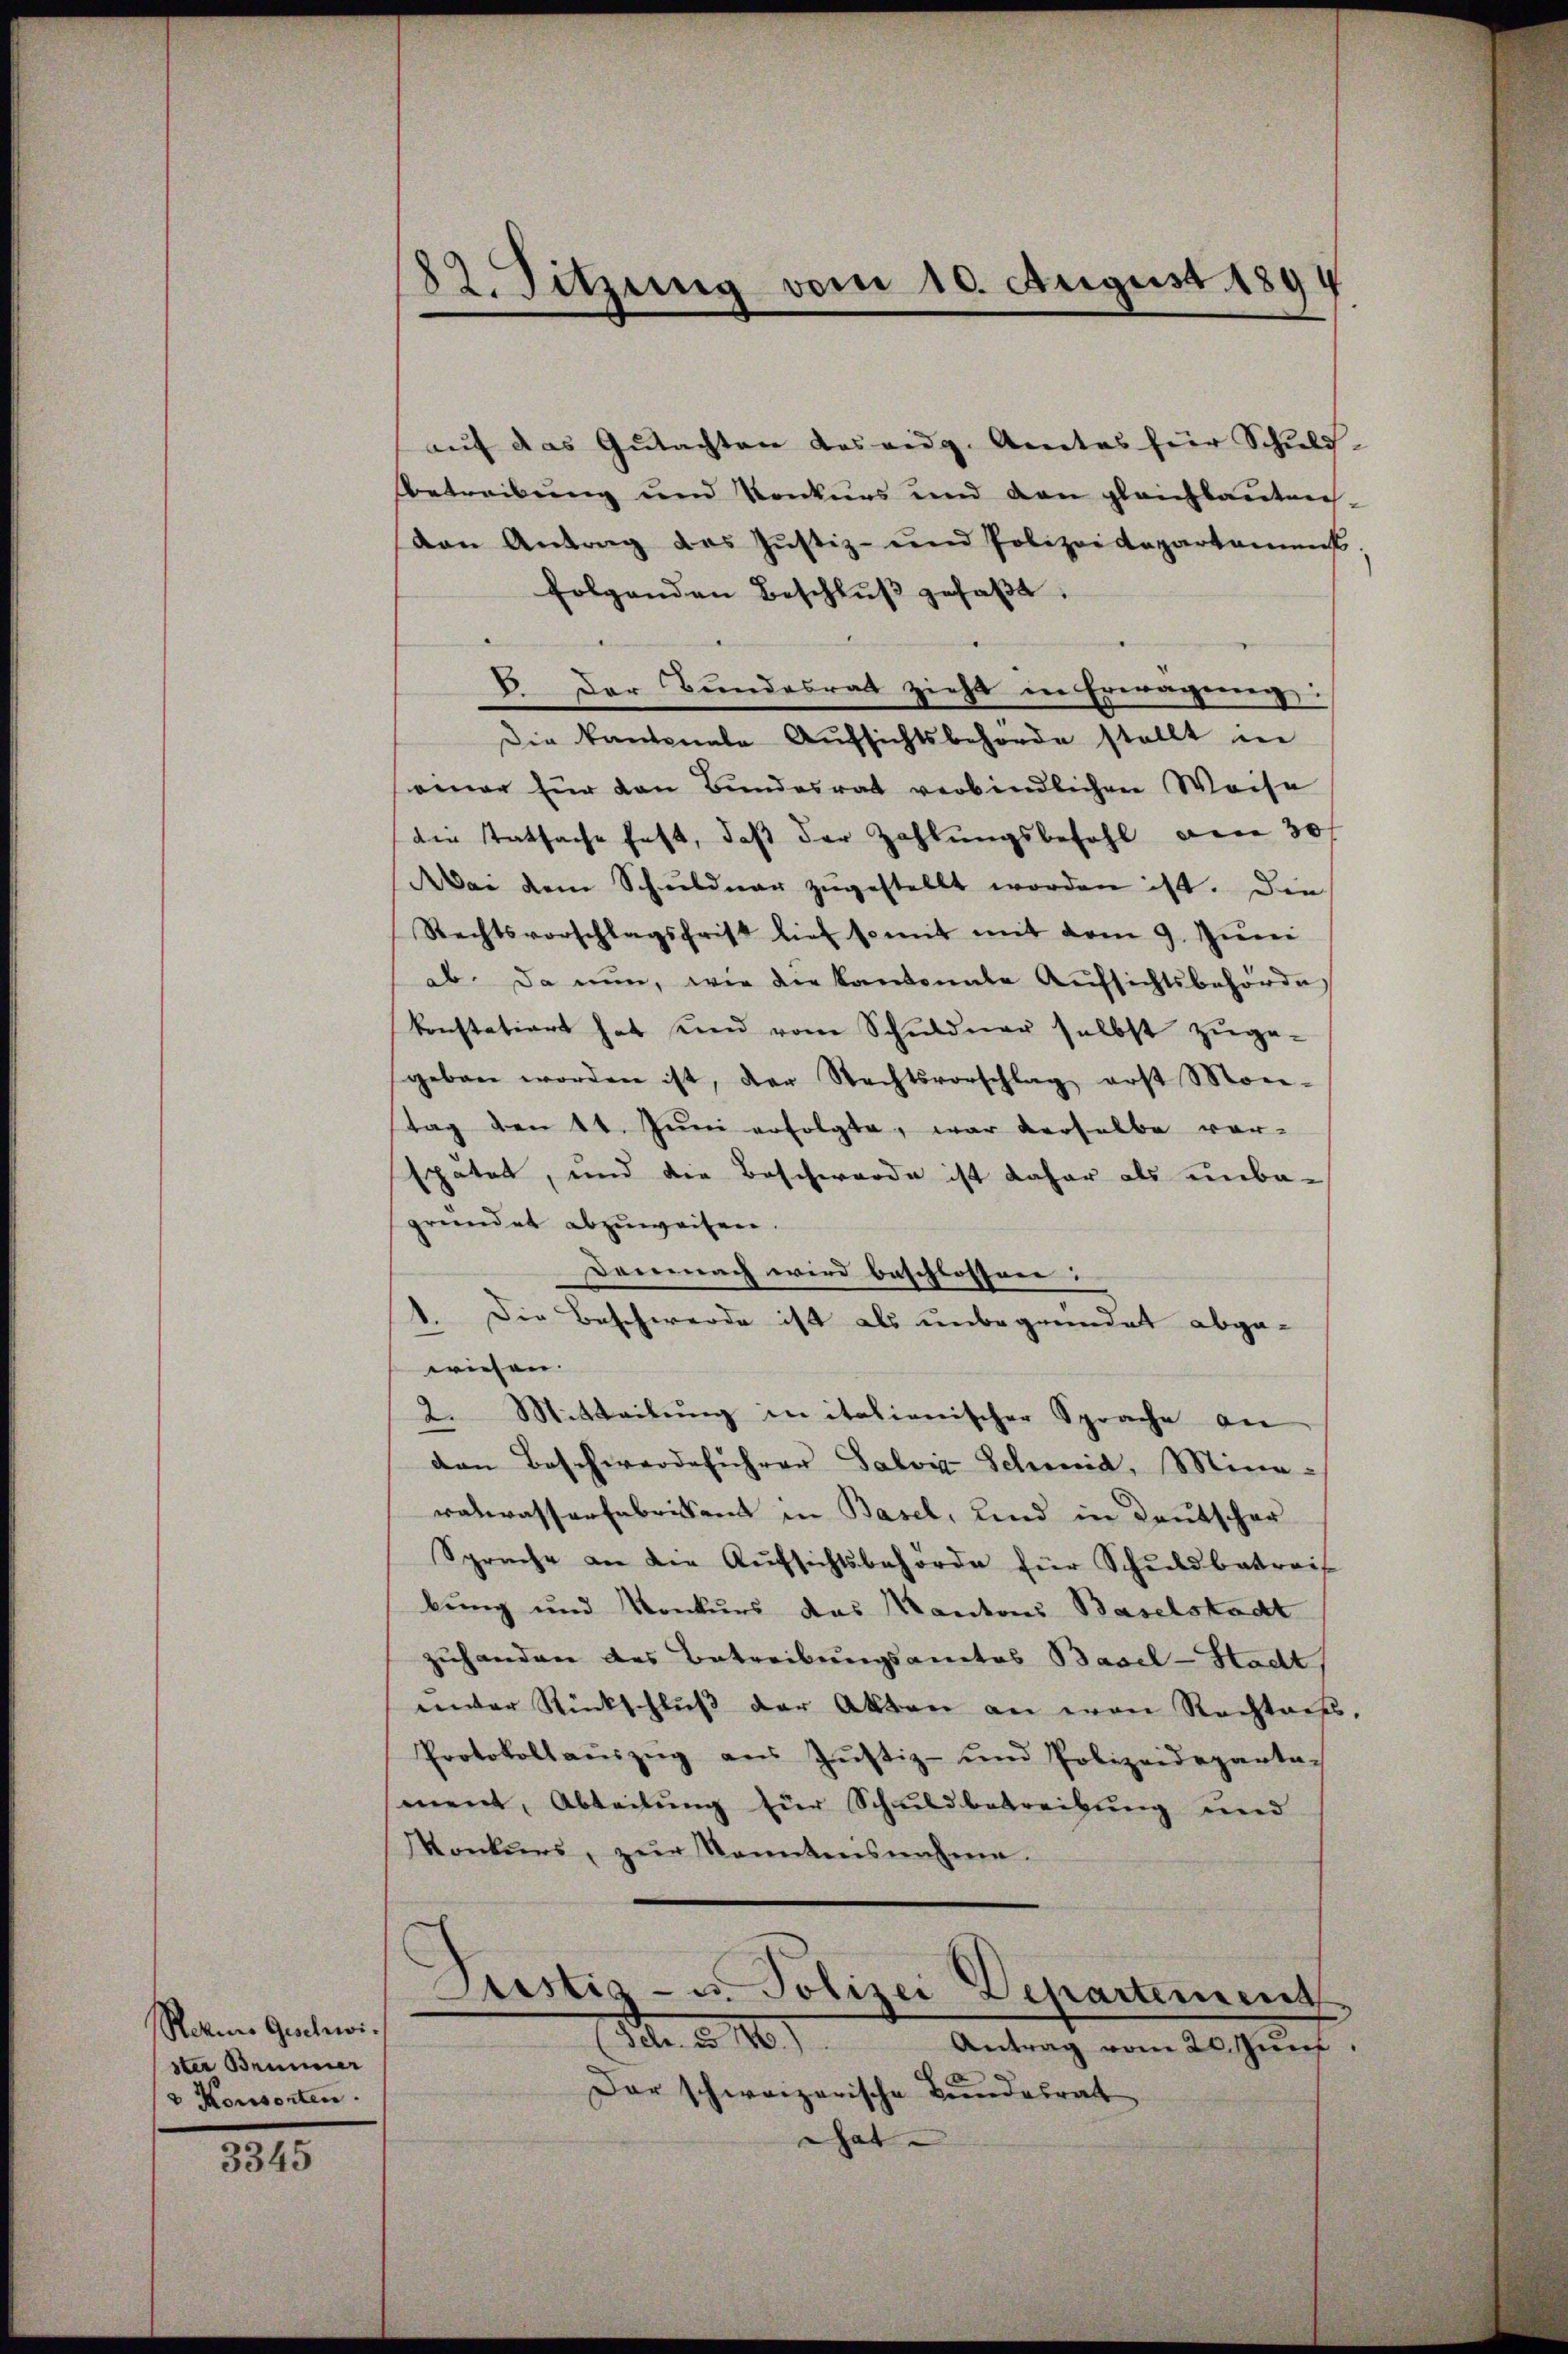
Rezius Geschwister Brunner
v Konsorten.

3345

82. Sitzung vom 10. August 1894

aŭf das Gutachten des eidg. Amtes für Schuld-
Betreibung und Konkurs und den gleichlauten.
den Antrag des Justiz- und Polizeidepartament.
folgenden Beschlŭβ gefaβt.
B. Der Bundesrat zieht in Erwägung:
Die kantonale Aŭfsichtsbehörde stellt in
einer für den Bundesrat verbindlichen Weise
die statsache fest, daß der Zahlungsbefehl am 30/
Aai dem Schuldner zŭgestellt worden ist. Die
Rechtsvorschlagsfrist lief so mit mit dem 9. Jŭni
ab. Da nun, wie die Kantonale Aufsichtsbehörde,
konstatiert hat und vom Schuldner selbst zuge-
geben worden ist, der Rechtsvorschlag erst Mon-
tag den 11. Jŭni erfolgte, war derselbe vor-
spätet, und die Beschwerde ist daher als unbe-
gründet abzuweisen.
Demnach wird beschlossen:
1. Die Beschwerde ist als unbegründet abge-
wiesen.
2. Mitteilung in italienischer Sprache an
den Beschwerdeführer Salvis-Schmid, Mina-
ralwasserfabrikant in Basel, und in Deutscher
Sprache an die Aŭfsichtsbehörde für Schuldbetreif
bung und Konkurs das Kantons Baselstadt
zuhanden des Betreibungsantes Basel-Stadt
inter Rückschlŭβ der Akten an von Rechtens,
Protokollaŭszŭg aŭs Jŭstiz- und Polizeidepartag
ment, Abteilung für Schuldbetreibung und
onkurs, zŭr Kenntnisnahme.
Sistis- u. Polizei Departement
Febr. a. 160.
Antrag vom 20. Jun.
Der schweizerische Bundesrat
That